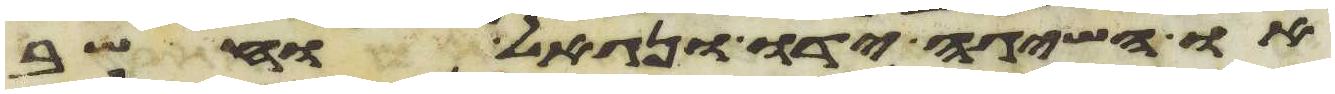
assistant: או השיגה ידו ונגאל וחשב